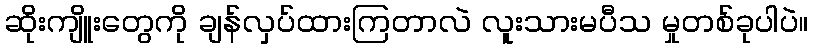
ဆိုးကျိူးတွေကို ချန်လှပ်ထားကြတာလဲ လူးသားမပီသ မှုတစ်ခုပါပဲ။